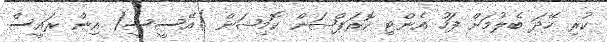
ކުރި ހޭދަ ބެލުމަށް ފަހު އެންޓި ކޮރަޕްޝަން ކޮމިޝަން )އޭސީސީ( އިން ރައީސް